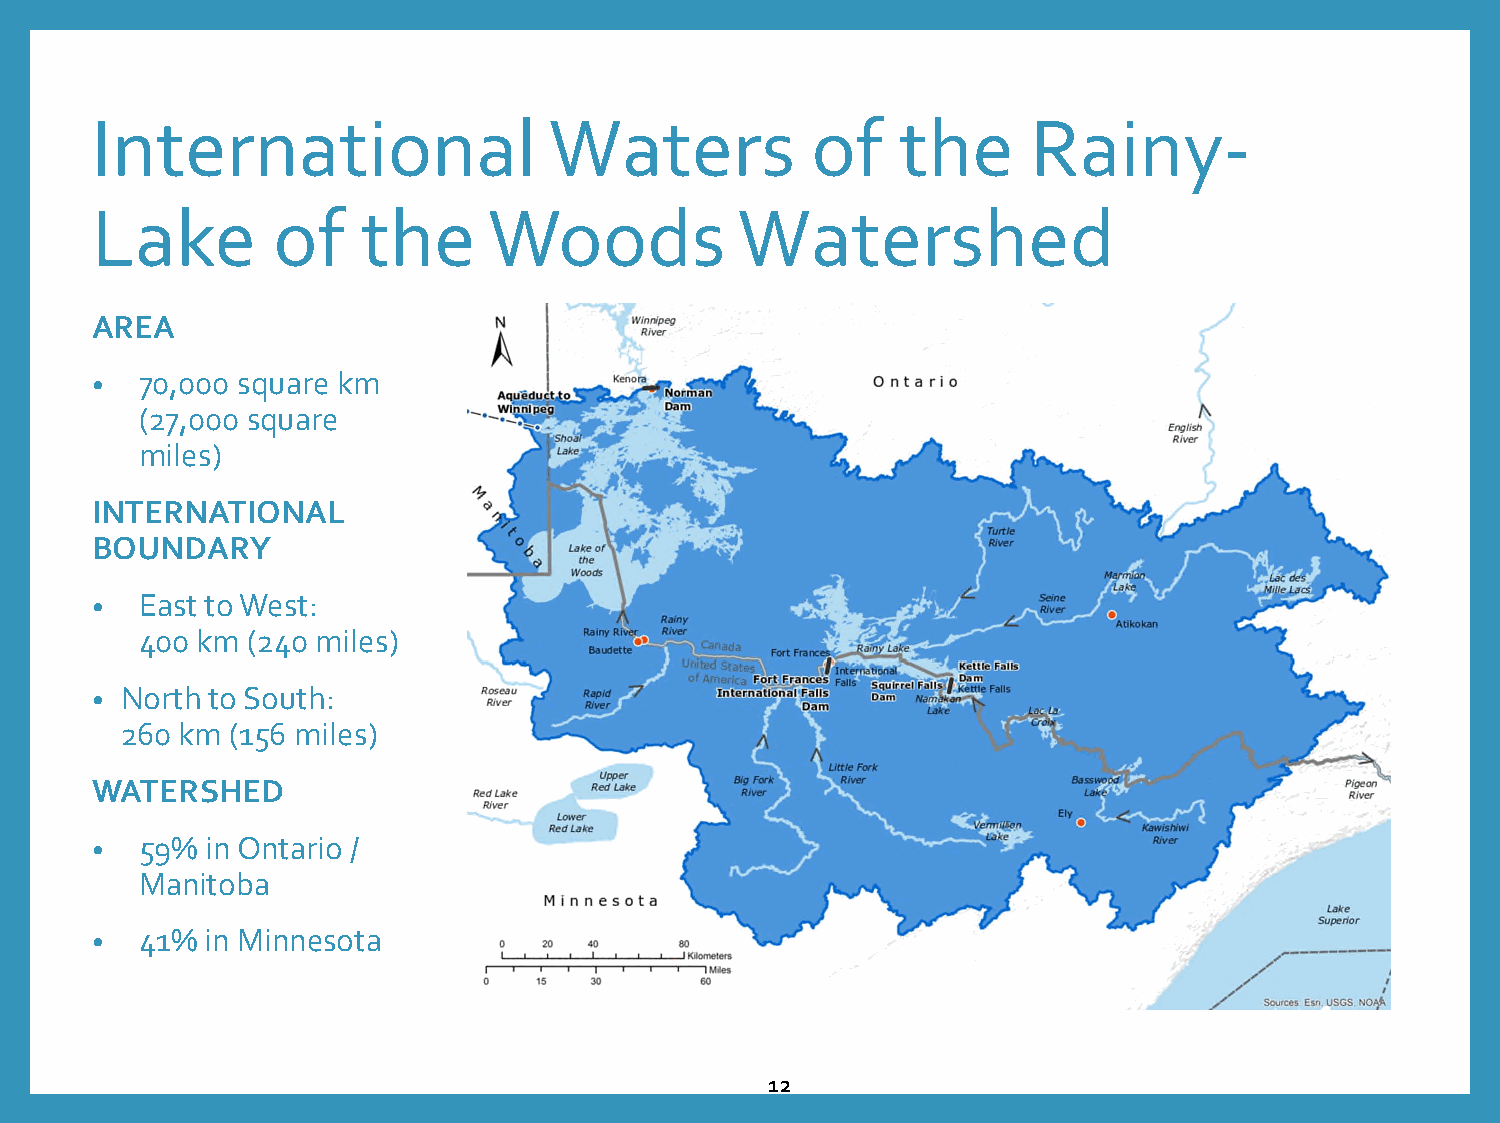
International                 Waters            of    the     Rainy-
 Lake        of    the     Woods            Watershed
 AREA
 •  70,000 square km
 (27,000 square
 miles)
 INTERNATIONAL
 BOUNDARY
 •  East to West:
 400 km (240 miles)
 • North to South:
 260 km (156 miles)
 WATERSHED
 •  59%  in Ontario /
 Manitoba
 •  41%  in Minnesota
 12